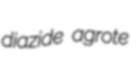
diazide agrote